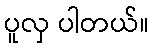
ပူလှ ပါတယ်။